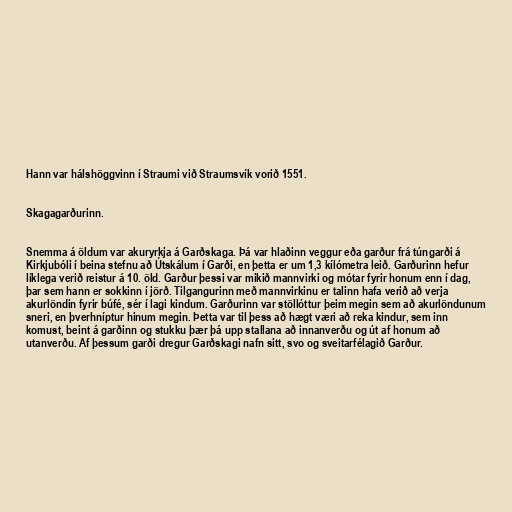
Hann var hálshöggvinn í Straumi við Straumsvík vorið 1551.

Skagagarðurinn.

Snemma á öldum var akuryrkja á Garðskaga. Þá var hlaðinn veggur eða garður frá túngarði á
Kirkjubóli í beina stefnu að Útskálum í Garði, en þetta er um 1,3 kílómetra leið. Garðurinn hefur
líklega verið reistur á 10. öld. Garður þessi var mikið mannvirki og mótar fyrir honum enn í dag,
þar sem hann er sokkinn í jörð. Tilgangurinn með mannvirkinu er talinn hafa verið að verja
akurlöndin fyrir búfé, sér í lagi kindum. Garðurinn var stöllóttur þeim megin sem að akurlöndunum
sneri, en þverhníptur hinum megin. Þetta var til þess að hægt væri að reka kindur, sem inn
komust, beint á garðinn og stukku þær þá upp stallana að innanverðu og út af honum að
utanverðu. Af þessum garði dregur Garðskagi nafn sitt, svo og sveitarfélagið Garður.